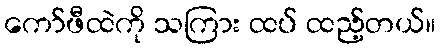
ကော်ဖီထဲကို သကြား ထပ် ထည့်တယ်။